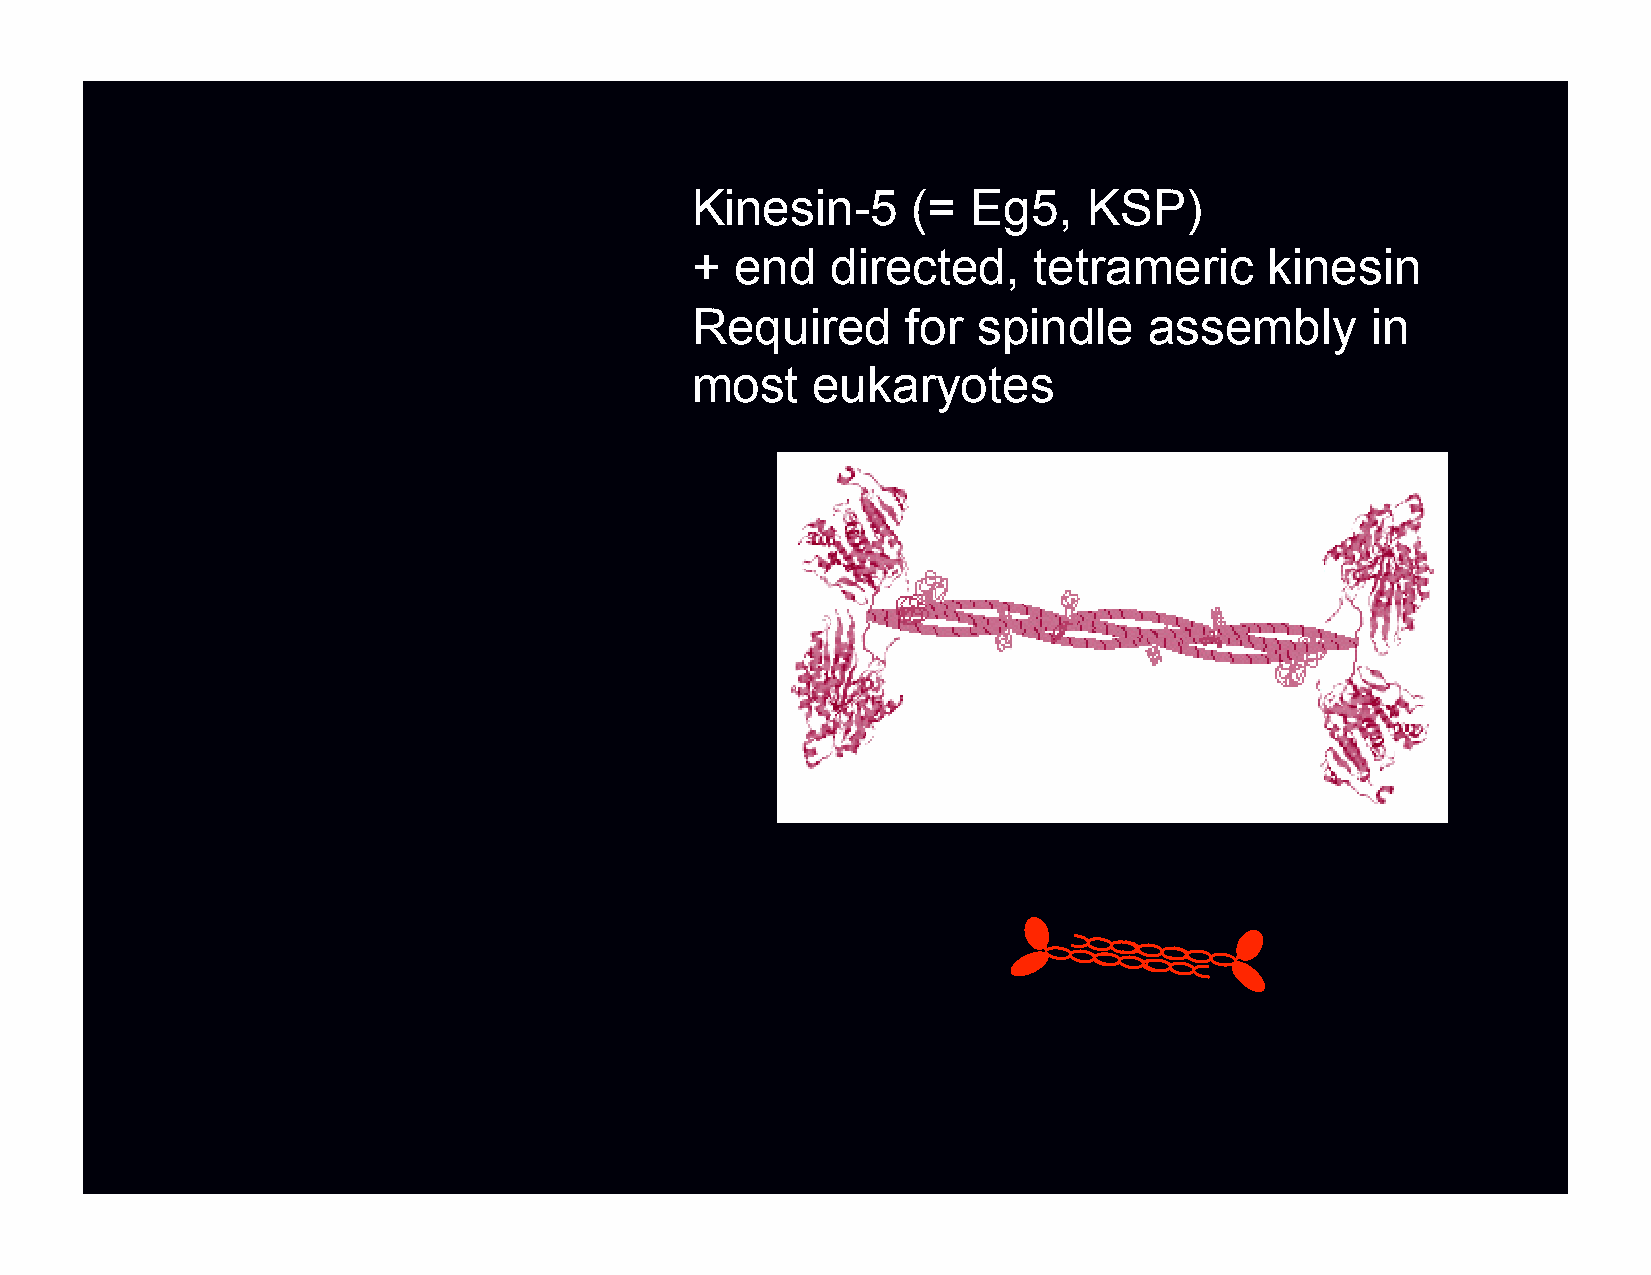
Kinesin-5     (=  Eg5,    KSP)
 +  end   directed,    tetrameric      kinesin
 Required      for  spindle    assembly       in
 most    eukaryotes